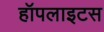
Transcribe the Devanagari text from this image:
हॉपलाइटस